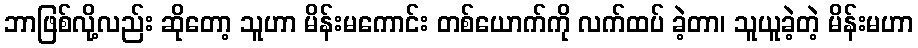
ဘာဖြစ်လို့လည်း ဆိုတော့ သူဟာ မိန်းမကောင်း တစ်ယောက်ကို လက်ထပ် ခဲ့တာ၊ သူယူခဲ့တဲ့ မိန်းမဟာ